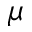
\mu